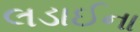
લડાઈના